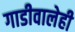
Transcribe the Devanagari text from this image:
गाडीवालेही